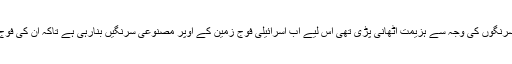
چونکہ غزہ جنگ کے دوران کافی حد تک صہیونی فوجیوں کو مزاحمت کی انہیں سرنگوں کی وجہ سے ہزیمت اٹھانی پڑی تھی اس لیے اب اسرائیلی فوج زمین کے اوپر مصنوعی سرنگیں بنارہی ہے تاکہ ان کی فوج کو اس بار حماس کی پیچیدہ سرنگوں کا مقابلہ کرنے میں دشواری کا سامنا نہ ہو۔